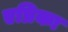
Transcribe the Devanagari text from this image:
एप्रिका